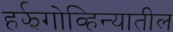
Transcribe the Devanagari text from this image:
हर्झगोव्हिन्यातील